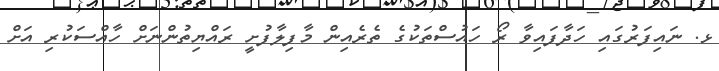
ޅ. ނައިފަރުގައި ހަދާފައިވާ ރޯ ހައުސްތަކުގެ ތެރެއިން މާފިލާފުށީ ރައްޔިތުންނަށް ހާއްސަކުރި އަށް